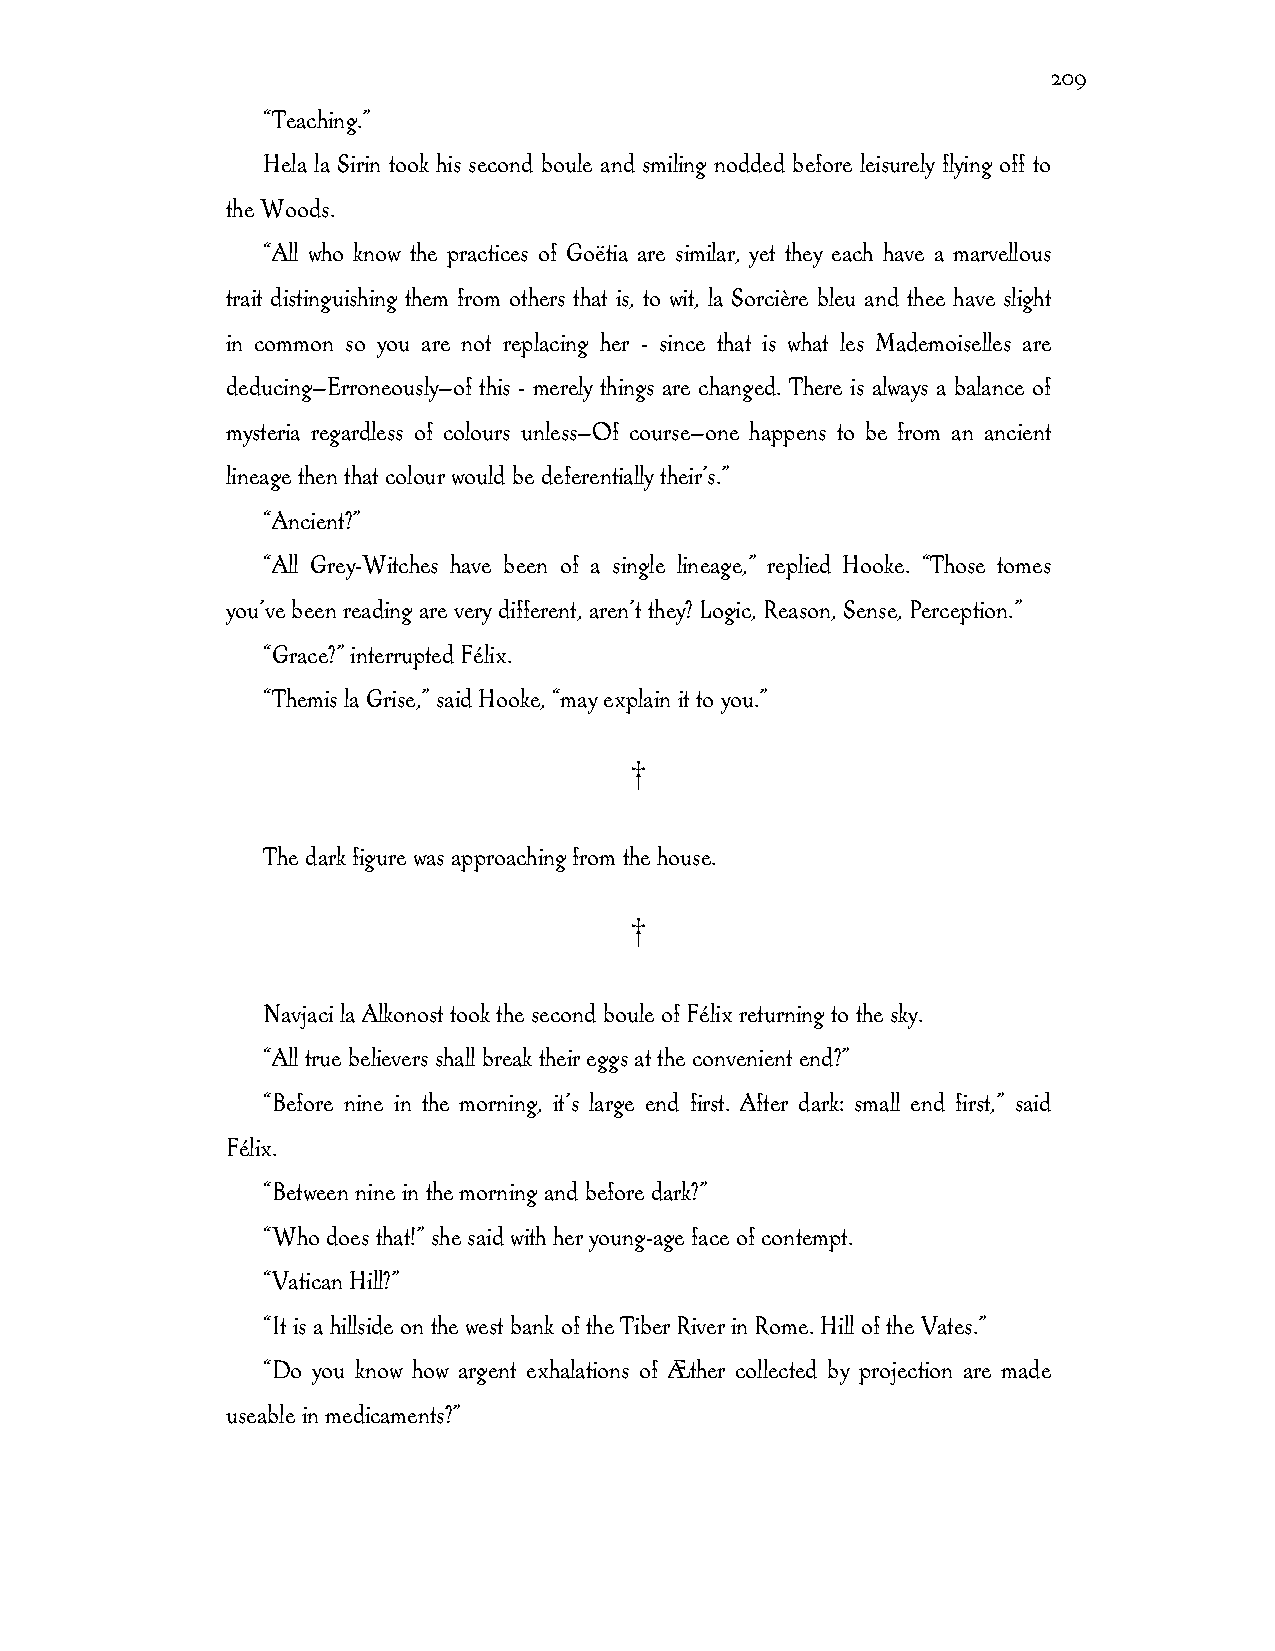
209
 “Teaching.”
 Hela la Sirin took his second boule and smiling nodded before leisurely flying off to
 the Woods.
 “All who know the practices of Goëtia are similar, yet they each have a marvellous
 trait distinguishing them from others that is, to wit, la Sorcière bleu and thee have slight
 in common so you are not replacing her - since that is what les Mademoiselles are
 deducing—Erroneously—of this - merely things are changed. There is always a balance of
 mysteria regardless of colours unless—Of course—one happens to be from an ancient
 lineage then that colour would be deferentially their’s.”
 “Ancient?”
 “All Grey-Witches have been of a single lineage,” replied Hooke. “Those tomes
 you’ve been reading are very different, aren’t they? Logic, Reason, Sense, Perception.”
 “Grace?” interrupted Félix.
 “Themis la Grise,” said Hooke, “may explain it to you.”
 †
 The dark figure was approaching from the house.
 †
 Navjaci la Alkonost took the second boule of Félix returning to the sky.
 “All true believers shall break their eggs at the convenient end?”
 “Before nine in the morning, it’s large end first. After dark: small end first,” said
 Félix.
 “Between nine in the morning and before dark?”
 “Who does that!” she said with her young-age face of contempt.
 “Vatican Hill?”
 “It is a hillside on the west bank of the Tiber River in Rome. Hill of the Vates.”
 “Do you know how argent exhalations of Æther collected by projection are made
 useable in medicaments?”